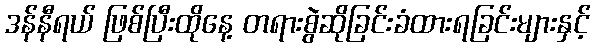
ဒန်နီရယ် ဖြစ်ပြီးထိုနေ့ တရားစွဲဆိုခြင်းခံထားရခြင်းများနှင့်